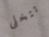
تتخلى